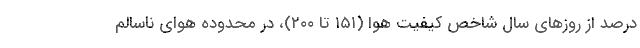
درصد از روزهای سال شاخص کیفیت هوا (۱۵۱ تا ۲۰۰)، در محدوده هوای ناسالم